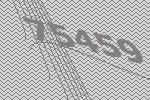
75459